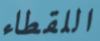
اللقطاء